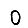
Digit: 0